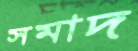
সমাদ